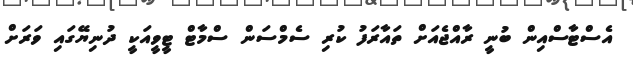
އެސްޓާސްއިން ބުނީ ރާއްޖެއަށް ތައާރަފު ކުރި ސެމްސަން ސްމާޓް ޓީވީއަކީ ދުނިޔޭގައި ވަރަށް